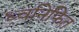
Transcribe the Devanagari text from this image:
ध्वनिफित